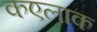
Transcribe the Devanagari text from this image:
कएलाक